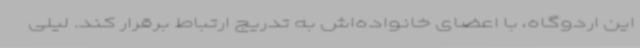
این اردوگاه، با اعضای خانواده‌اش به تدریج ارتباط برقرار کند. لیلی